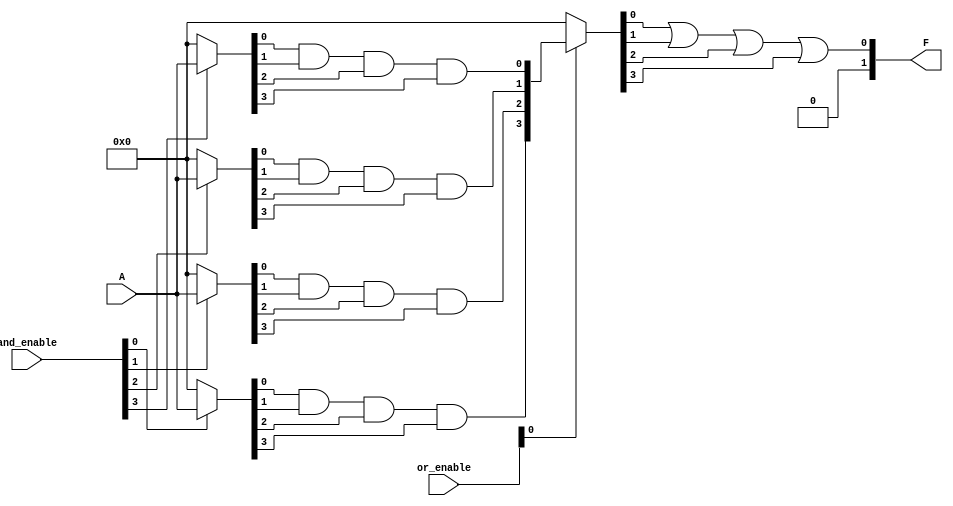
module PLA #(
    parameter NUM_INPUTS = 4,   // Number of input lines (A1, A2, ..., An)
    parameter NUM_AND_GATES = 4, // Number of AND gates
    parameter NUM_OUTPUTS = 2    // Number of output lines (F1, F2, ..., Fm)
)(
    input wire [NUM_INPUTS-1:0] A, // Input lines
    input wire [NUM_AND_GATES-1:0] and_enable, // Enable signals for AND gates
    input wire [NUM_OUTPUTS-1:0] or_enable, // Enable signals for OR gates
    output wire [NUM_OUTPUTS-1:0] F // Output lines
);

// Intermediate signals for AND gate outputs
wire [NUM_AND_GATES-1:0] and_outputs [0:NUM_INPUTS-1];

// AND Plane
genvar i, j;
generate
    for (i = 0; i < NUM_AND_GATES; i = i + 1) begin : and_gate
        wire [NUM_INPUTS-1:0] and_input;
        
        // Connect inputs to AND gates based on enable signals
        assign and_input = (and_enable[i]) ? A : {NUM_INPUTS{1'b0}};
        
        // AND gate logic (Example: AND gate logic can be programmed here)
        assign and_outputs[i] = and_input[0] & and_input[1] & and_input[2] & and_input[3]; // Example: All inputs ANDed
    end
endgenerate

// OR Plane
generate
    for (j = 0; j < NUM_OUTPUTS; j = j + 1) begin : or_gate
        wire [NUM_AND_GATES-1:0] or_input;
        
        // Connect AND gate outputs to OR gates based on enable signals
        assign or_input = (or_enable[j]) ? {and_outputs[0][j], and_outputs[1][j], and_outputs[2][j], and_outputs[3][j]} : {NUM_AND_GATES{1'b0}};
        
        // OR gate logic (Example: OR gate logic can be programmed here)
        assign F[j] = or_input[0] | or_input[1] | or_input[2] | or_input[3]; // Example: ORing all AND outputs
    end
endgenerate

endmodule